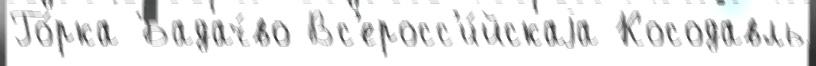
Го́рка Бадач́во Вс'еросс'и́йскаjа Косодавль